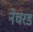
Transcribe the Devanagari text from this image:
नेचरड